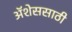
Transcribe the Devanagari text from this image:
ॲशेससाठी